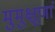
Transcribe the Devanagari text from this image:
मुमुक्षूणां